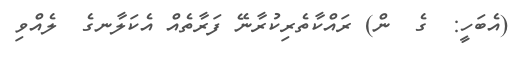
(އެބަހީ:  ގެ  ން) ރައްކާތެރިކުރާނޭ ފަރާތެއް އެކަލާނގެ  ލެއްވި